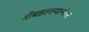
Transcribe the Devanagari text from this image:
बाँबहल्ल्यानंतर